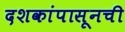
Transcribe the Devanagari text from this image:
दशकांपासूनची